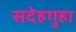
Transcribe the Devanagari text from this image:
सदेहगुहा